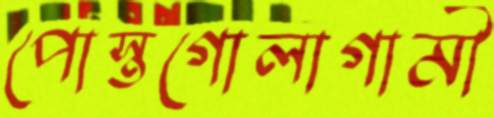
পোস্তগোলাগামী